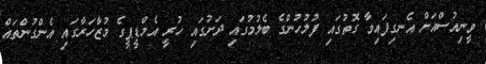
ވީނިއުސްއަށް އެނގިފައިވާ ގޮތުގައި ފުލުހުންގެ ބެލުމުގައި ދަށުގައި ހުރީ އެމްޑީޕީގެ މުޒާހަރާގައި އެންގުންތައް